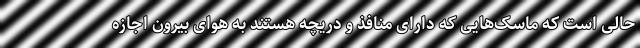
حالی است که ماسک‌هایی که دارای منافذ و دریچه هستند به هوای بیرون اجازه